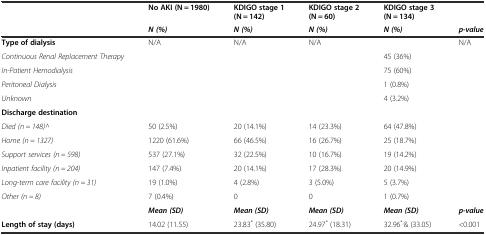
|  | No AKI (N = 1980) | KDIGO stage 1 (N = 142) | KDIGO stage 2 (N = 60) | KDIGO stage 3 (N = 134) |  |
 |  | N (%) | N (%) | N (%) | N (%) | p-value |
 | --- | --- | --- | --- | --- | --- |
 | Type of dialysis | N/A | N/A | N/A |  | N/A |
 | Continuous Renal Replacement Therapy |  |  |  | 45 (36%) |  |
 | In-Patient Hemodialysis |  |  |  | 75 (60%) |  |
 | Peritoneal Dialysis |  |  |  | 1 (0.8%) |  |
 | Unknown |  |  |  | 4 (3.2%) |  |
 | Discharge destination |  |  |  |  |  |
 | Died (n = 148)^ | 50 (2.5%) | 20 (14.1%) | 14 (23.3%) | 64 (47.8%) |  |
 | Home (n = 1327) | 1220 (61.6%) | 66 (46.5%) | 16 (26.7%) | 25 (18.7%) |  |
 | Support services (n = 598) | 537 (27.1%) | 32 (22.5%) | 10 (16.7%) | 19 (14.2%) |  |
 | Inpatient facility (n = 204) | 147 (7.4%) | 20 (14.1%) | 17 (28.3%) | 20 (14.9%) |  |
 | Long-term care facility (n = 31) | 19 (1.0%) | 4 (2.8%) | 3 (5.0%) | 5 (3.7%) |  |
 | Other (n = 8) | 7 (0.4%) | 0 | 0 | 1 (0.7%) |  |
 |  | Mean (SD) | Mean (SD) | Mean (SD) | Mean (SD) | p-value |
 | Length of stay (days) | 14.02 (11.55) | 23.83* (35.80) | 24.97* (18.31) | 32.96*,& (33.05) | <0.001 |